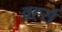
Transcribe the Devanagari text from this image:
वर्ह्स